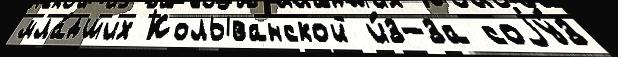
мла́дших Колыванской и́з-за соjу́з